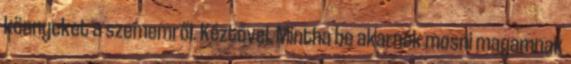
könnyeket a szememről. Kéztővel. Mintha be akarnék mosni magamnak